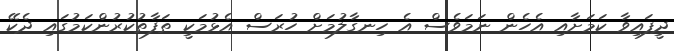
ދީފައިވާ ކަމަށާއި އެހެން ނަމަވެސް އެ ހިނގާލުމަށް ހުރަސް އެޅުމަކީ ތަފާތުކުރުންކަމުގައި ދެކޭ